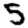
Digit: 5